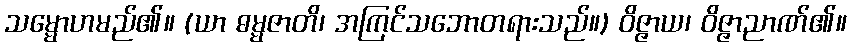
သမ္မောဟမည်၏။ (ယာ ဓမ္မဇာတိ၊ အကြင်သဘောတရားသည်။) ဝိဇ္ဇာယ၊ ဝိဇ္ဇာညာဏ်၏။